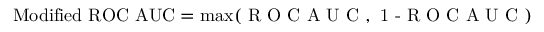
\mathrm { M o d i f i e d ~ R O C ~ A U C } = \operatorname* { m a x } ( \textrm { R O C A U C } , \textrm { 1 - R O C A U C } )